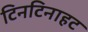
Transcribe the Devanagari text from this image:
टिनटिनाहट